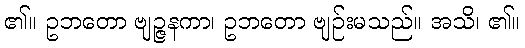
၏။ ဥဘတော ဗျဉ္ဇနကာ၊ ဥဘတော ဗျဉ်းမသည်။ အသိ၊ ၏။